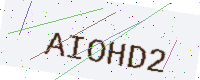
Text: AIOHD2